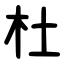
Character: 杜